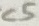
Text: C5